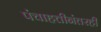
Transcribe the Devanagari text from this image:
पंचाहत्तीनंतरही